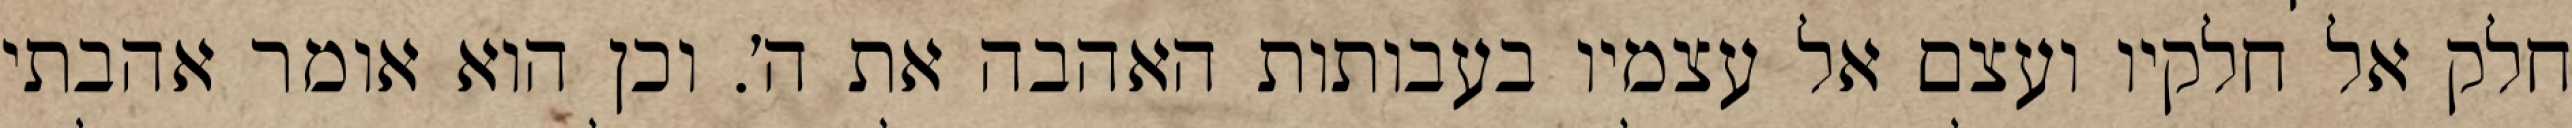
חלק אל חלקיו ועצם אל עצמיו בעבותות האהבה את ה׳. וכן הוא אומר אהבתי